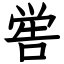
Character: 喾